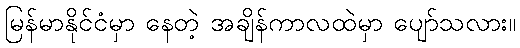
မြန်မာနိုင်ငံမှာ နေတဲ့ အချိန်ကာလထဲမှာ ပျော်သလား။